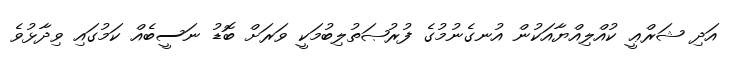
އަދި ޝަރްޢީ ކުއްލިއްޔާއަކުން އުނގެނުމުގެ ފުރުޞަތުލިބުމަކީ ވަރަށް ބޮޑު ނަސީބެއް ކަމުގައި ވިދާޅުވެ